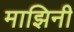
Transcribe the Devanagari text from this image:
माझिनी